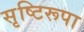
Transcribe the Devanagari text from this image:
सृष्टिरूपा